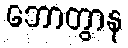
ဘောတွာန